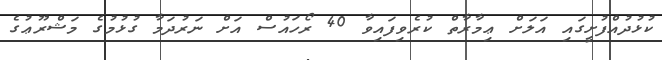
ކުޅުދުއްފުށީގައި އަލަށް ޢިމާރާތް ކުރެވިފައިވާ 40 ރޯހައުސް އަށް ނަރުދަމާ ގުޅުމުގެ މަޝްރޫޢުގެ